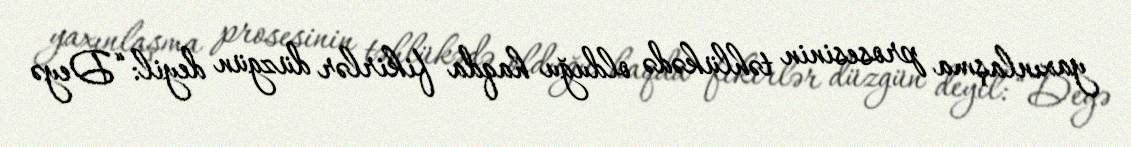
yaxınlaşma prosesinin təhlükədə olduğu haqda fikirlər düzgün deyil: “Deyə